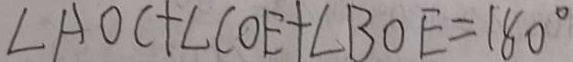
\angle A O C + \angle C O E + \angle B O E = 1 8 0 ^ { \circ }